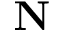
\mathbf { N }